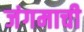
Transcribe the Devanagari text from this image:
जंगमाची